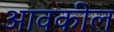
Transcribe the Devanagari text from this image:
आवकील